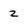
Character: z